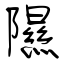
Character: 隰